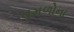
વમળોના